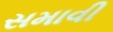
સમાવી